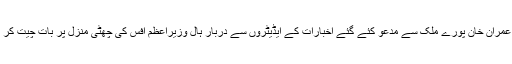
وزیراعظم عمران خان پورے ملک سے مدعو کئے گئے اخبارات کے ایڈیٹروں سے دربار ہال وزیراعظم آفس کی چھٹی منزل پر بات چیت کر رہے تھے۔